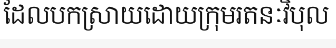
ដែលបកស្រាយដោយក្រុមរតនៈវិបុល